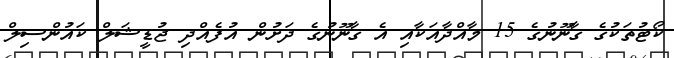
ކޯޓުތަކުގެ ގާނޫނުގެ 15 މާއްދާއަކާއި އެ ގާނޫނުގެ ދަށުން އުފެއްދި ޖުޑީޝަލް ކައުންސިލް